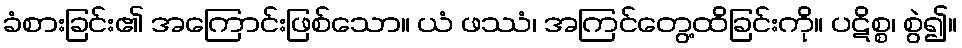
ခံစားခြင်း၏ အကြောင်းဖြစ်သော။ ယံ ဖဿံ၊ အကြင်တွေ့ထိခြင်းကို။ ပဋိစ္စ၊ စွဲ၍။